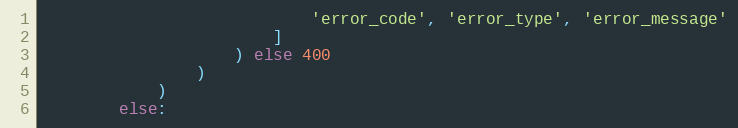
Language: Python
                            'error_code', 'error_type', 'error_message'
                        ]
                    ) else 400
                )
            )
        else: